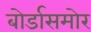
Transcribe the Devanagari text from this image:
बोर्डासमोर